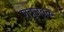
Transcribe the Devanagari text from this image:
शत्रूजवळ